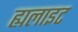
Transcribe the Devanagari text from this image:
ह्यलाइट